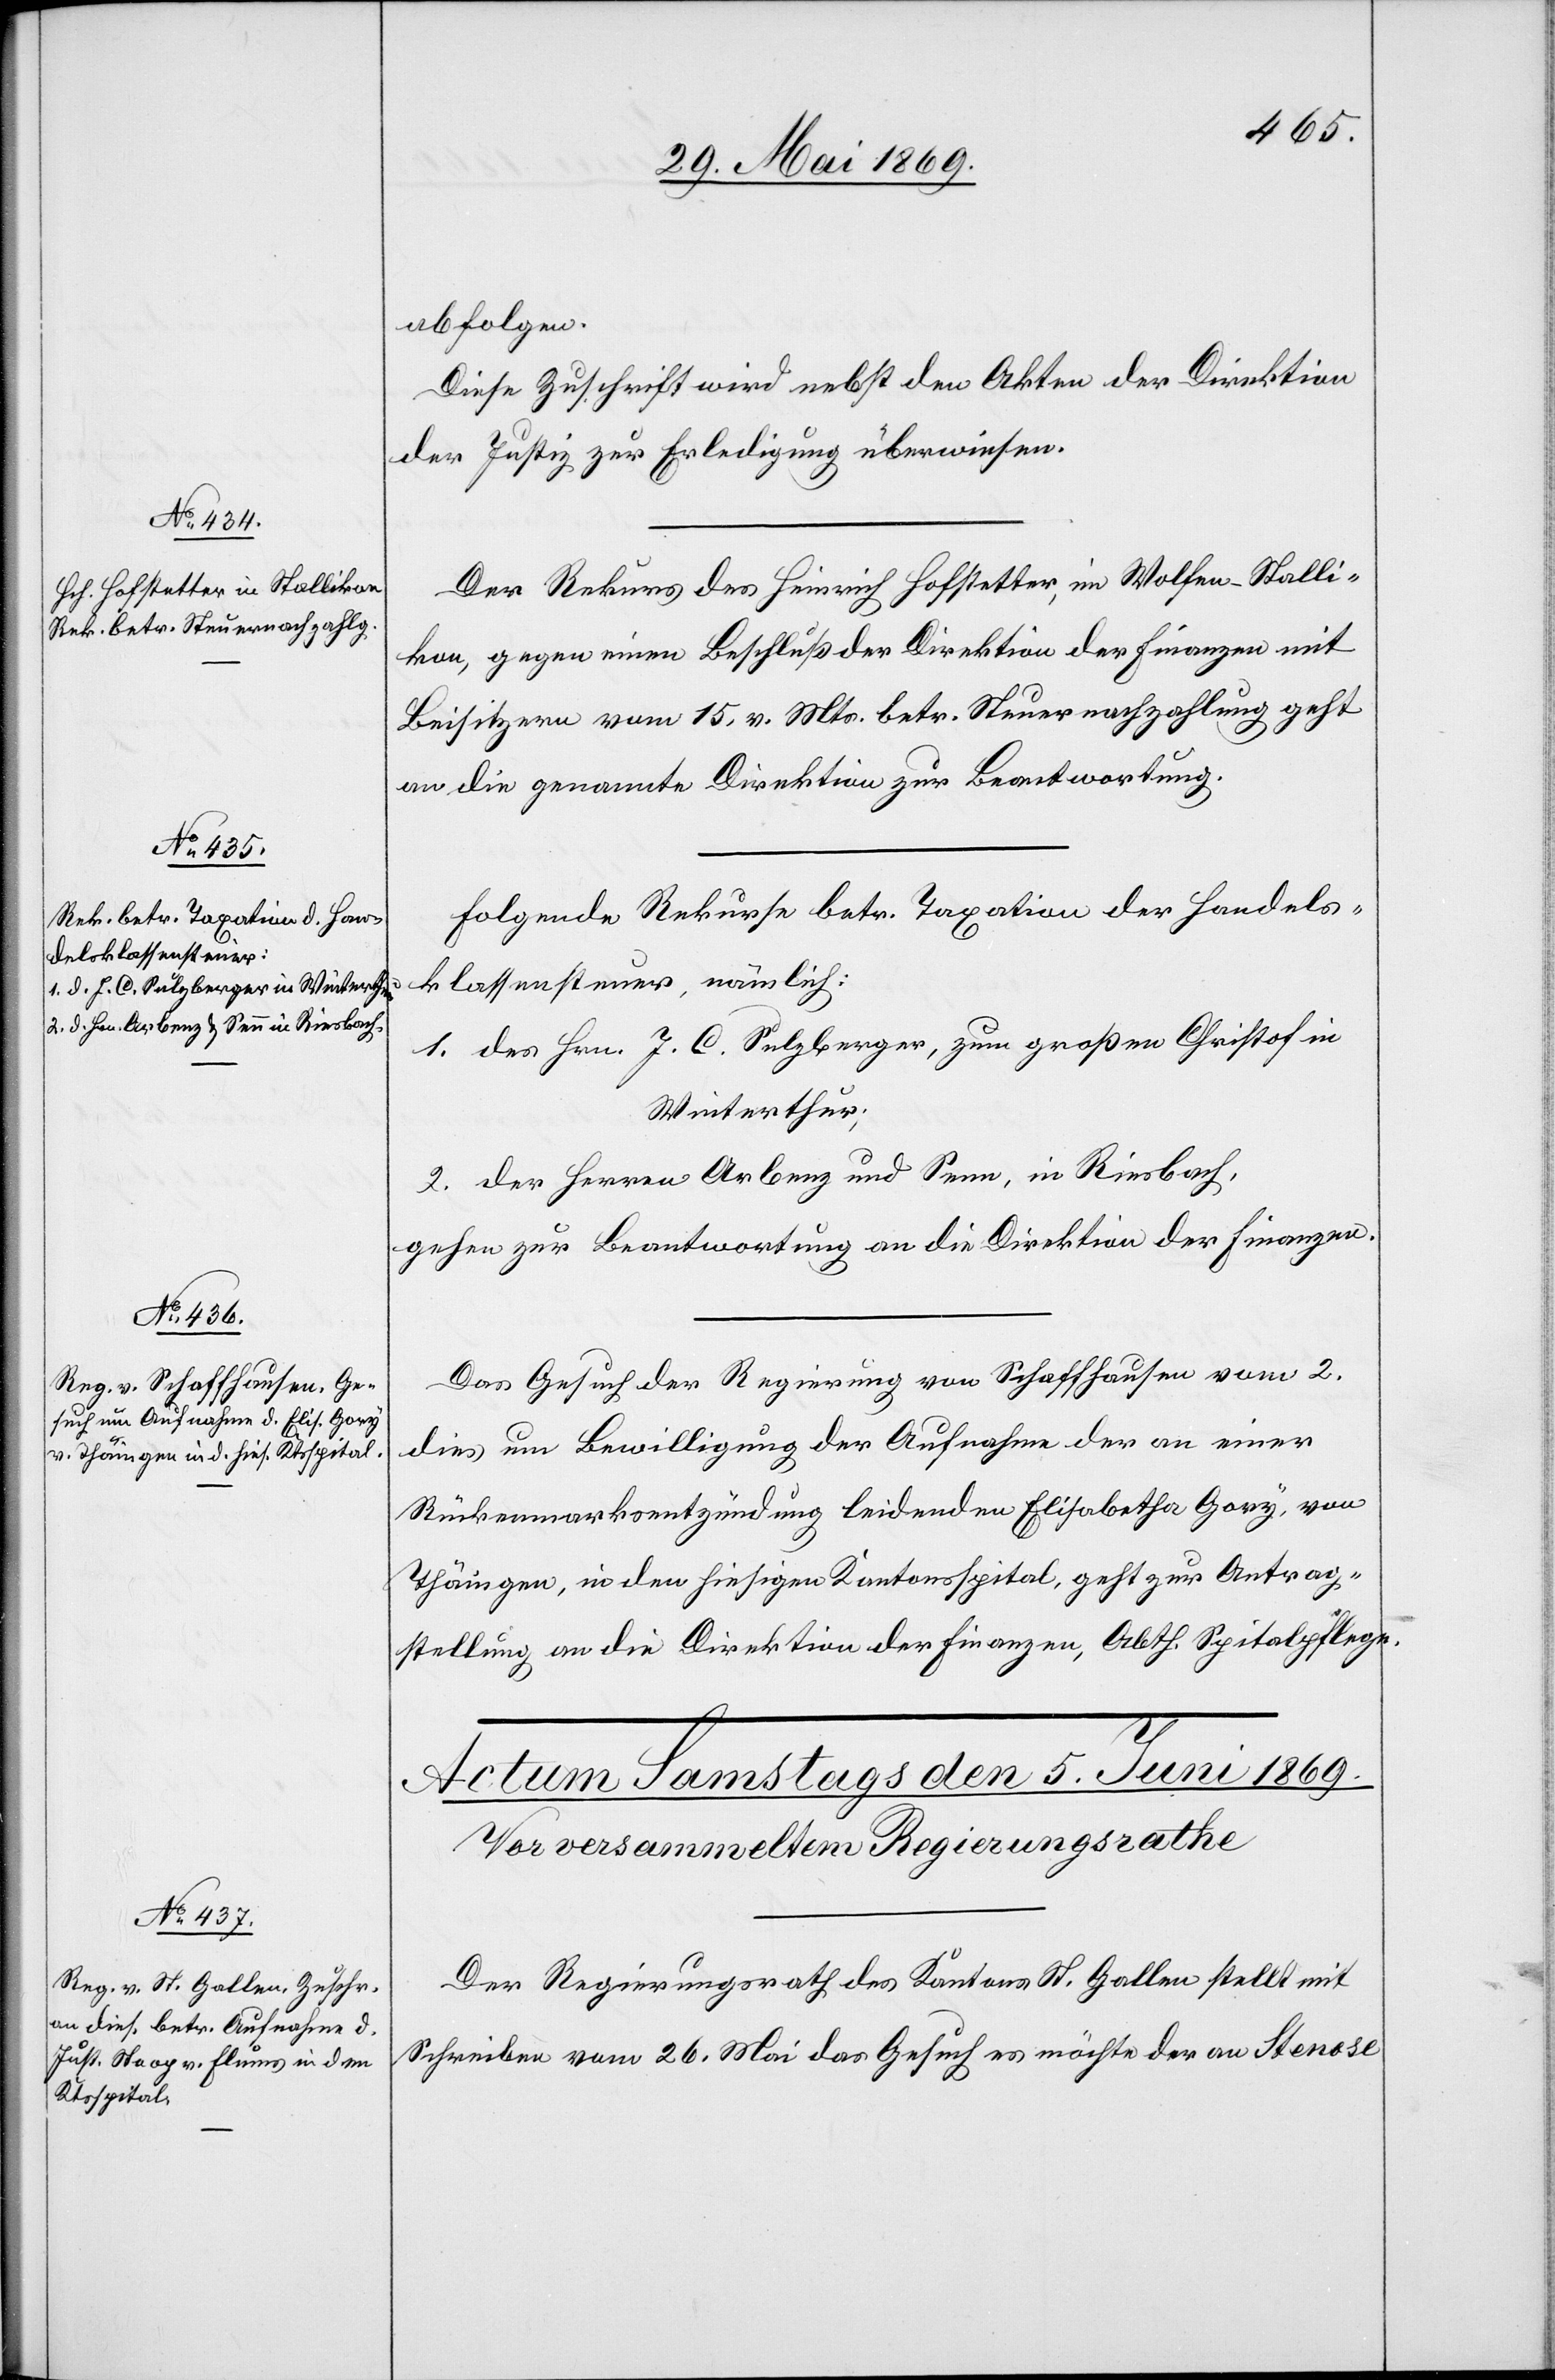
4. Juni 1869.]
abfolgen.
Diese Zuschrift wird nebst den Akten der Direktion
der Justiz zur Erledigung überwiesen.
Der Rekurs des Heinrich Hofstetter, im Wolfen - Stalli¬
kon, gegen einen Beschluß der Direktion der Finanzen mit
Beisitzern vom 15. v. Mts. betr. Steuernachzahlung geht
an die genannte Direktion zur Beantwortung.
Folgende Rekurse betr. Taxation der Handels¬
klassensteuer, nämlich:
1. des Hrn. J. C. Sulzberger, zum großen Christof in
Winterthur;
2. der Herren Arbenz und Senn, in Riesbach,
gehen zur Beantwortung an die Direktion der Finanzen.
Das Gesuch der Regierung von Schaffhausen vom 2.
dies um Bewilligung der Aufnahme der an einer
Rückenmarksentzündung leidenden Elisabetha Gory, von
Thäingen [sic!], in den hiesigen Kantonsspital geht zur Antrag¬
stellung an die Direktion der Finanzen, Abth. Spitalpflege.
Der Regierungsrath des Kantons St. Gallen stellt mit
Schreiben vom 26. Mai das Gesuch es möchte der an Stenose